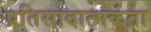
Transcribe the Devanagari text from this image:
प्रतिसादात्मकता